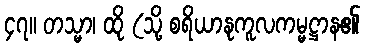
၄၇။ တသ္မာ၊ ထို (သို့ စရိယာနုကူလကမ္မဋ္ဌာန၏